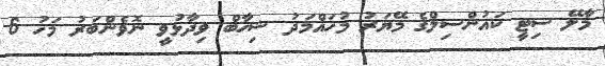
މާލޭ ސިޓީ ކައުންސިލްގެ މޭޔަރު މުހައްމަދު ޝިހާބް ވިދާޅުވީ ނޮވެންބަރު މަހު 6